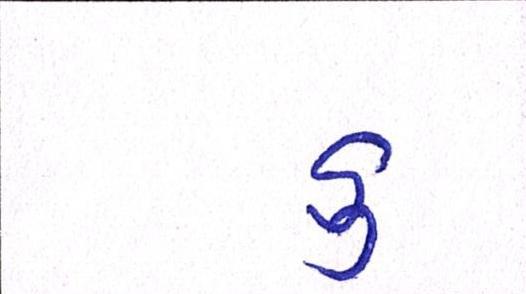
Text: ડુ